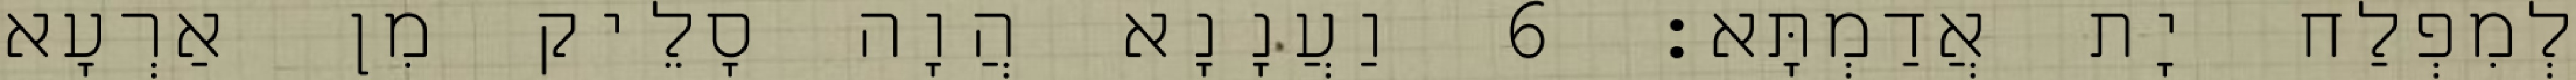
לְמִפְלַח יָת אֲדַמְתָּא׃ 6 וַעֲנָנָא הֲוָה סָלֵיק מִן אַרְעָא